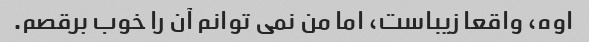
اوه، واقعا زیباست، اما من نمی توانم آن را خوب برقصم.